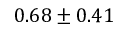
0 . 6 8 \pm 0 . 4 1